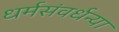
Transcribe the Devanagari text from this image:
धर्मसंवर्धन्या